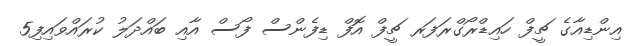
އިންޑިއާގެ ޗީފް ހައިޑްރޯގްރަފަރ ޗީފް އޮފް ޑިފެންސް ފޯސް އާއި ބައްދަލު ކުރައްވައިފި5